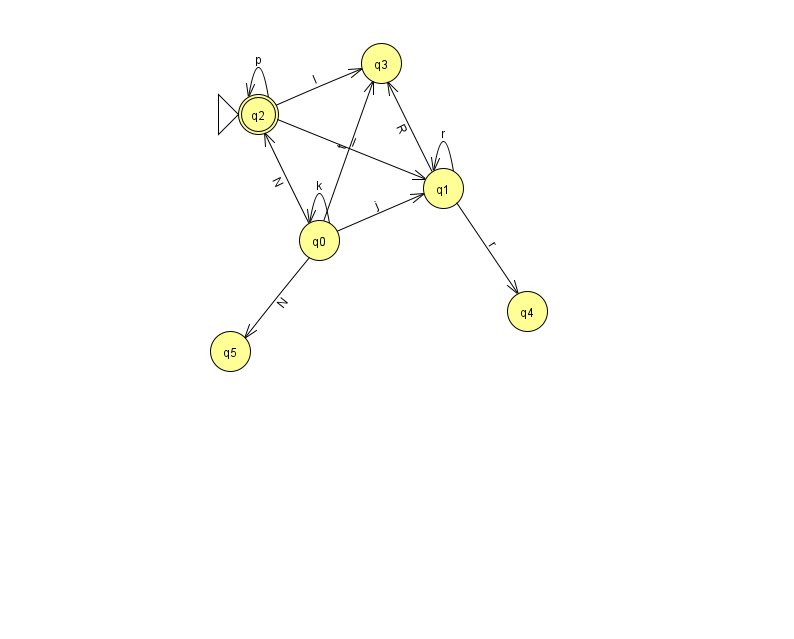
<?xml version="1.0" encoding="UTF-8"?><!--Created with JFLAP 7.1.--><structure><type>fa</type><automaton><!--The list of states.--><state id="0" name="q0"><x>319.0</x><y>227.0</y></state><state id="1" name="q1"><x>443.0</x><y>175.0</y></state><state id="2" name="q2"><x>258.0</x><y>101.0</y><initial/><final/></state><state id="3" name="q3"><x>381.0</x><y>50.0</y></state><state id="4" name="q4"><x>527.0</x><y>298.0</y></state><state id="5" name="q5"><x>230.0</x><y>338.0</y></state><!--The list of transitions.--><transition><from>0</from><to>2</to><read>N</read></transition><transition><from>0</from><to>5</to><read>N</read></transition><transition><from>2</from><to>2</to><read>p</read></transition><transition><from>1</from><to>3</to><read>R</read></transition><transition><from>1</from><to>1</to><read>r</read></transition><transition><from>2</from><to>3</to><read>I</read></transition><transition><from>0</from><to>3</to><read>t</read></transition><transition><from>2</from><to>1</to><read>I</read></transition><transition><from>0</from><to>0</to><read>k</read></transition><transition><from>0</from><to>1</to><read>j</read></transition><transition><from>1</from><to>4</to><read>r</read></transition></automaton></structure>